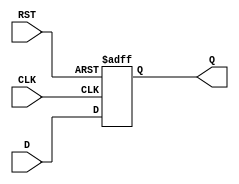
module Intermediate_Register #(
    parameter DATA_WIDTH = 8  // Set the width of the register (default is 8 bits)
)(
    input wire [DATA_WIDTH-1:0] D,   // Data input
    input wire CLK,                   // Clock signal
    input wire RST,                   // Asynchronous reset
    output reg [DATA_WIDTH-1:0] Q     // Data output
);

// Sequential logic for the Intermediate Register
always @(posedge CLK or posedge RST) begin
    if (RST) begin
        Q <= {DATA_WIDTH{1'b0}};  // Reset the output to zero
    end else begin
        Q <= D;                   // Capture the input data on clock edge
    end
end

endmodule